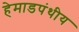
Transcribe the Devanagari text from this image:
हेमाडपंथीय